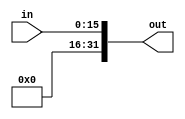
`timescale 1ns / 1ns
//////////////////////////////////////////////////////////////////////////////////
// Company: 
// Engineer: 
// 
// Design Name: 
// Module Name:    zeroextender 
// Project Name: 
// Target Devices: 
// Tool versions: 
// Description: 
//
// Dependencies: 
//
// Revision: 
// Revision 0.01 - File Created
// Additional Comments: 
//
//////////////////////////////////////////////////////////////////////////////////
module zeroextender(in, out);
	input  [15:0] in;
	output [31:0] out;
		
	assign out = {16'd0, in};

endmodule